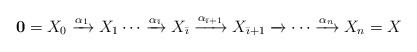
\begin{align*}\mathbf{0}=X_0 \xrightarrow{\alpha_1} X_1\cdots \xrightarrow{\alpha_{{\bar\imath}}}X_{{\bar\imath}}\xrightarrow{\alpha_{{\bar\imath}+1}}X_{{\bar\imath}+1}\xrightarrow{}\cdots \xrightarrow{\alpha_n} X_n=X\end{align*}